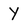
Character: Y